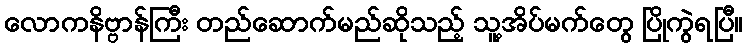
လောကနိဗ္ဗာန်ကြီး တည်ဆောက်မည်ဆိုသည့် သူ့အိပ်မက်တွေ ပြိုကွဲရပြီ။